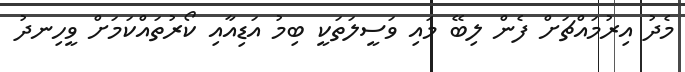
މެދު އިރުމައްޗަށް ފެން ލިބޭ މައި ވަސީލަތަކީ ބިމު އަޑިއާއި ކޯރުތައްކަމަށް ވީހިނދު